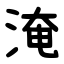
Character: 淹